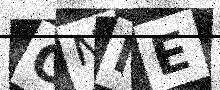
Text: ONIE